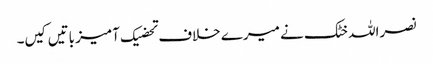
نصراللہ خٹک نے میرے خلاف تحضیک آمیز باتیں کیں۔